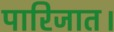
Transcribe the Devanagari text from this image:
पारिजात।